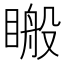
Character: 𥉟